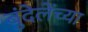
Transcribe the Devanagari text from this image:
बुंदेलेंच्या